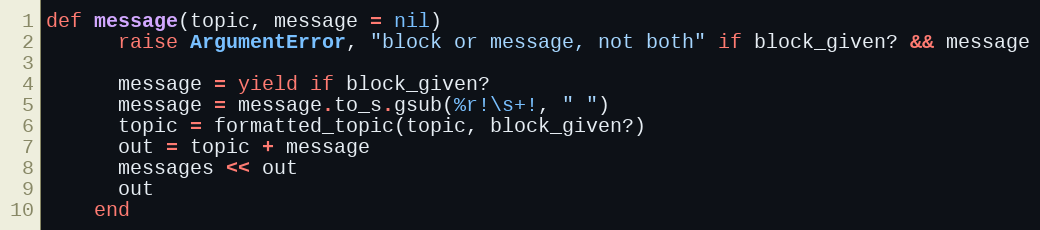
Language: Ruby
def message(topic, message = nil)
      raise ArgumentError, "block or message, not both" if block_given? && message

      message = yield if block_given?
      message = message.to_s.gsub(%r!\s+!, " ")
      topic = formatted_topic(topic, block_given?)
      out = topic + message
      messages << out
      out
    end